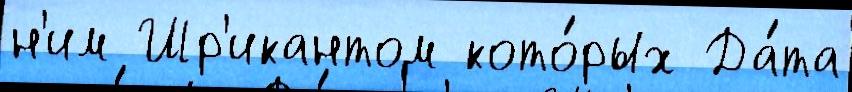
н'им Шр'икантом кото́рых Да́та